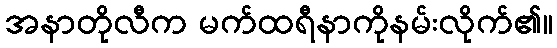
အနာတိုလီက မက်ထရီနာကိုနမ်းလိုက်၏။